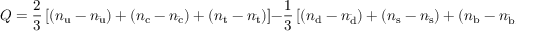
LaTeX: Q = { \frac { 2 } { 3 } } \left[ ( n _ { \mathrm { u } } - n _ { \mathrm { \bar { u } } } ) + ( n _ { \mathrm { c } } - n _ { \mathrm { \bar { c } } } ) + ( n _ { \mathrm { t } } - n _ { \mathrm { \bar { t } } } ) \right] - { \frac { 1 } { 3 } } \left[ ( n _ { \mathrm { d } } - n _ { \mathrm { \bar { d } } } ) + ( n _ { \mathrm { s } } - n _ { \mathrm { \bar { s } } } ) + ( n _ { \mathrm { b } } - n _ { \mathrm { \bar { b } } } ) \right] .